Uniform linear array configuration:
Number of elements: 64
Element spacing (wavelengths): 0.25
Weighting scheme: kaiser
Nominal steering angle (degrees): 30
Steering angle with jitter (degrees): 31.176
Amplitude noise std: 0.05
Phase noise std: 0.05

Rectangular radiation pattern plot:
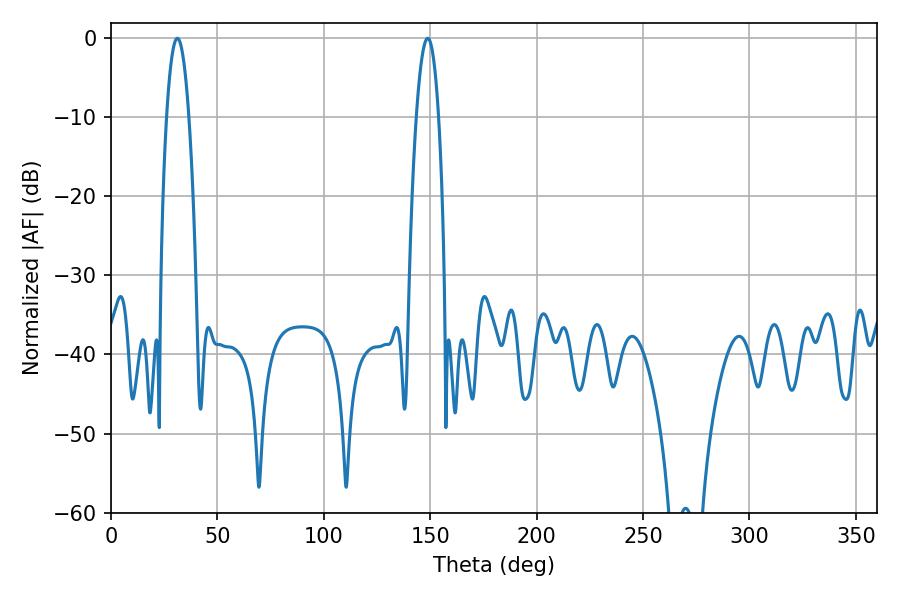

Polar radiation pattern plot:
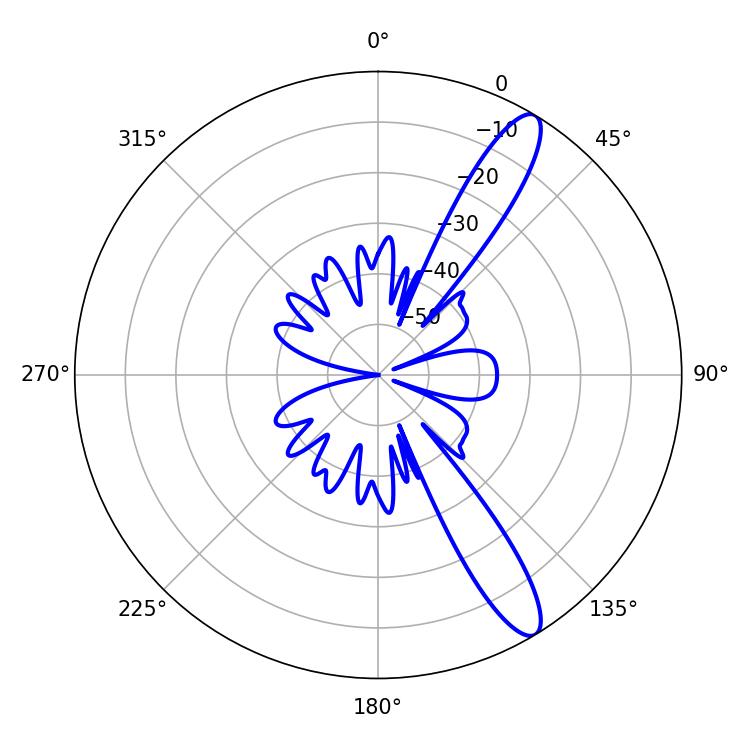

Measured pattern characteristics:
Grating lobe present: FALSE
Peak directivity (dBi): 12.486
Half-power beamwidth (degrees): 5.94
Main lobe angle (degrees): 31.14